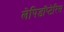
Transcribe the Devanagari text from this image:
लेपिडॉप्टेरिस